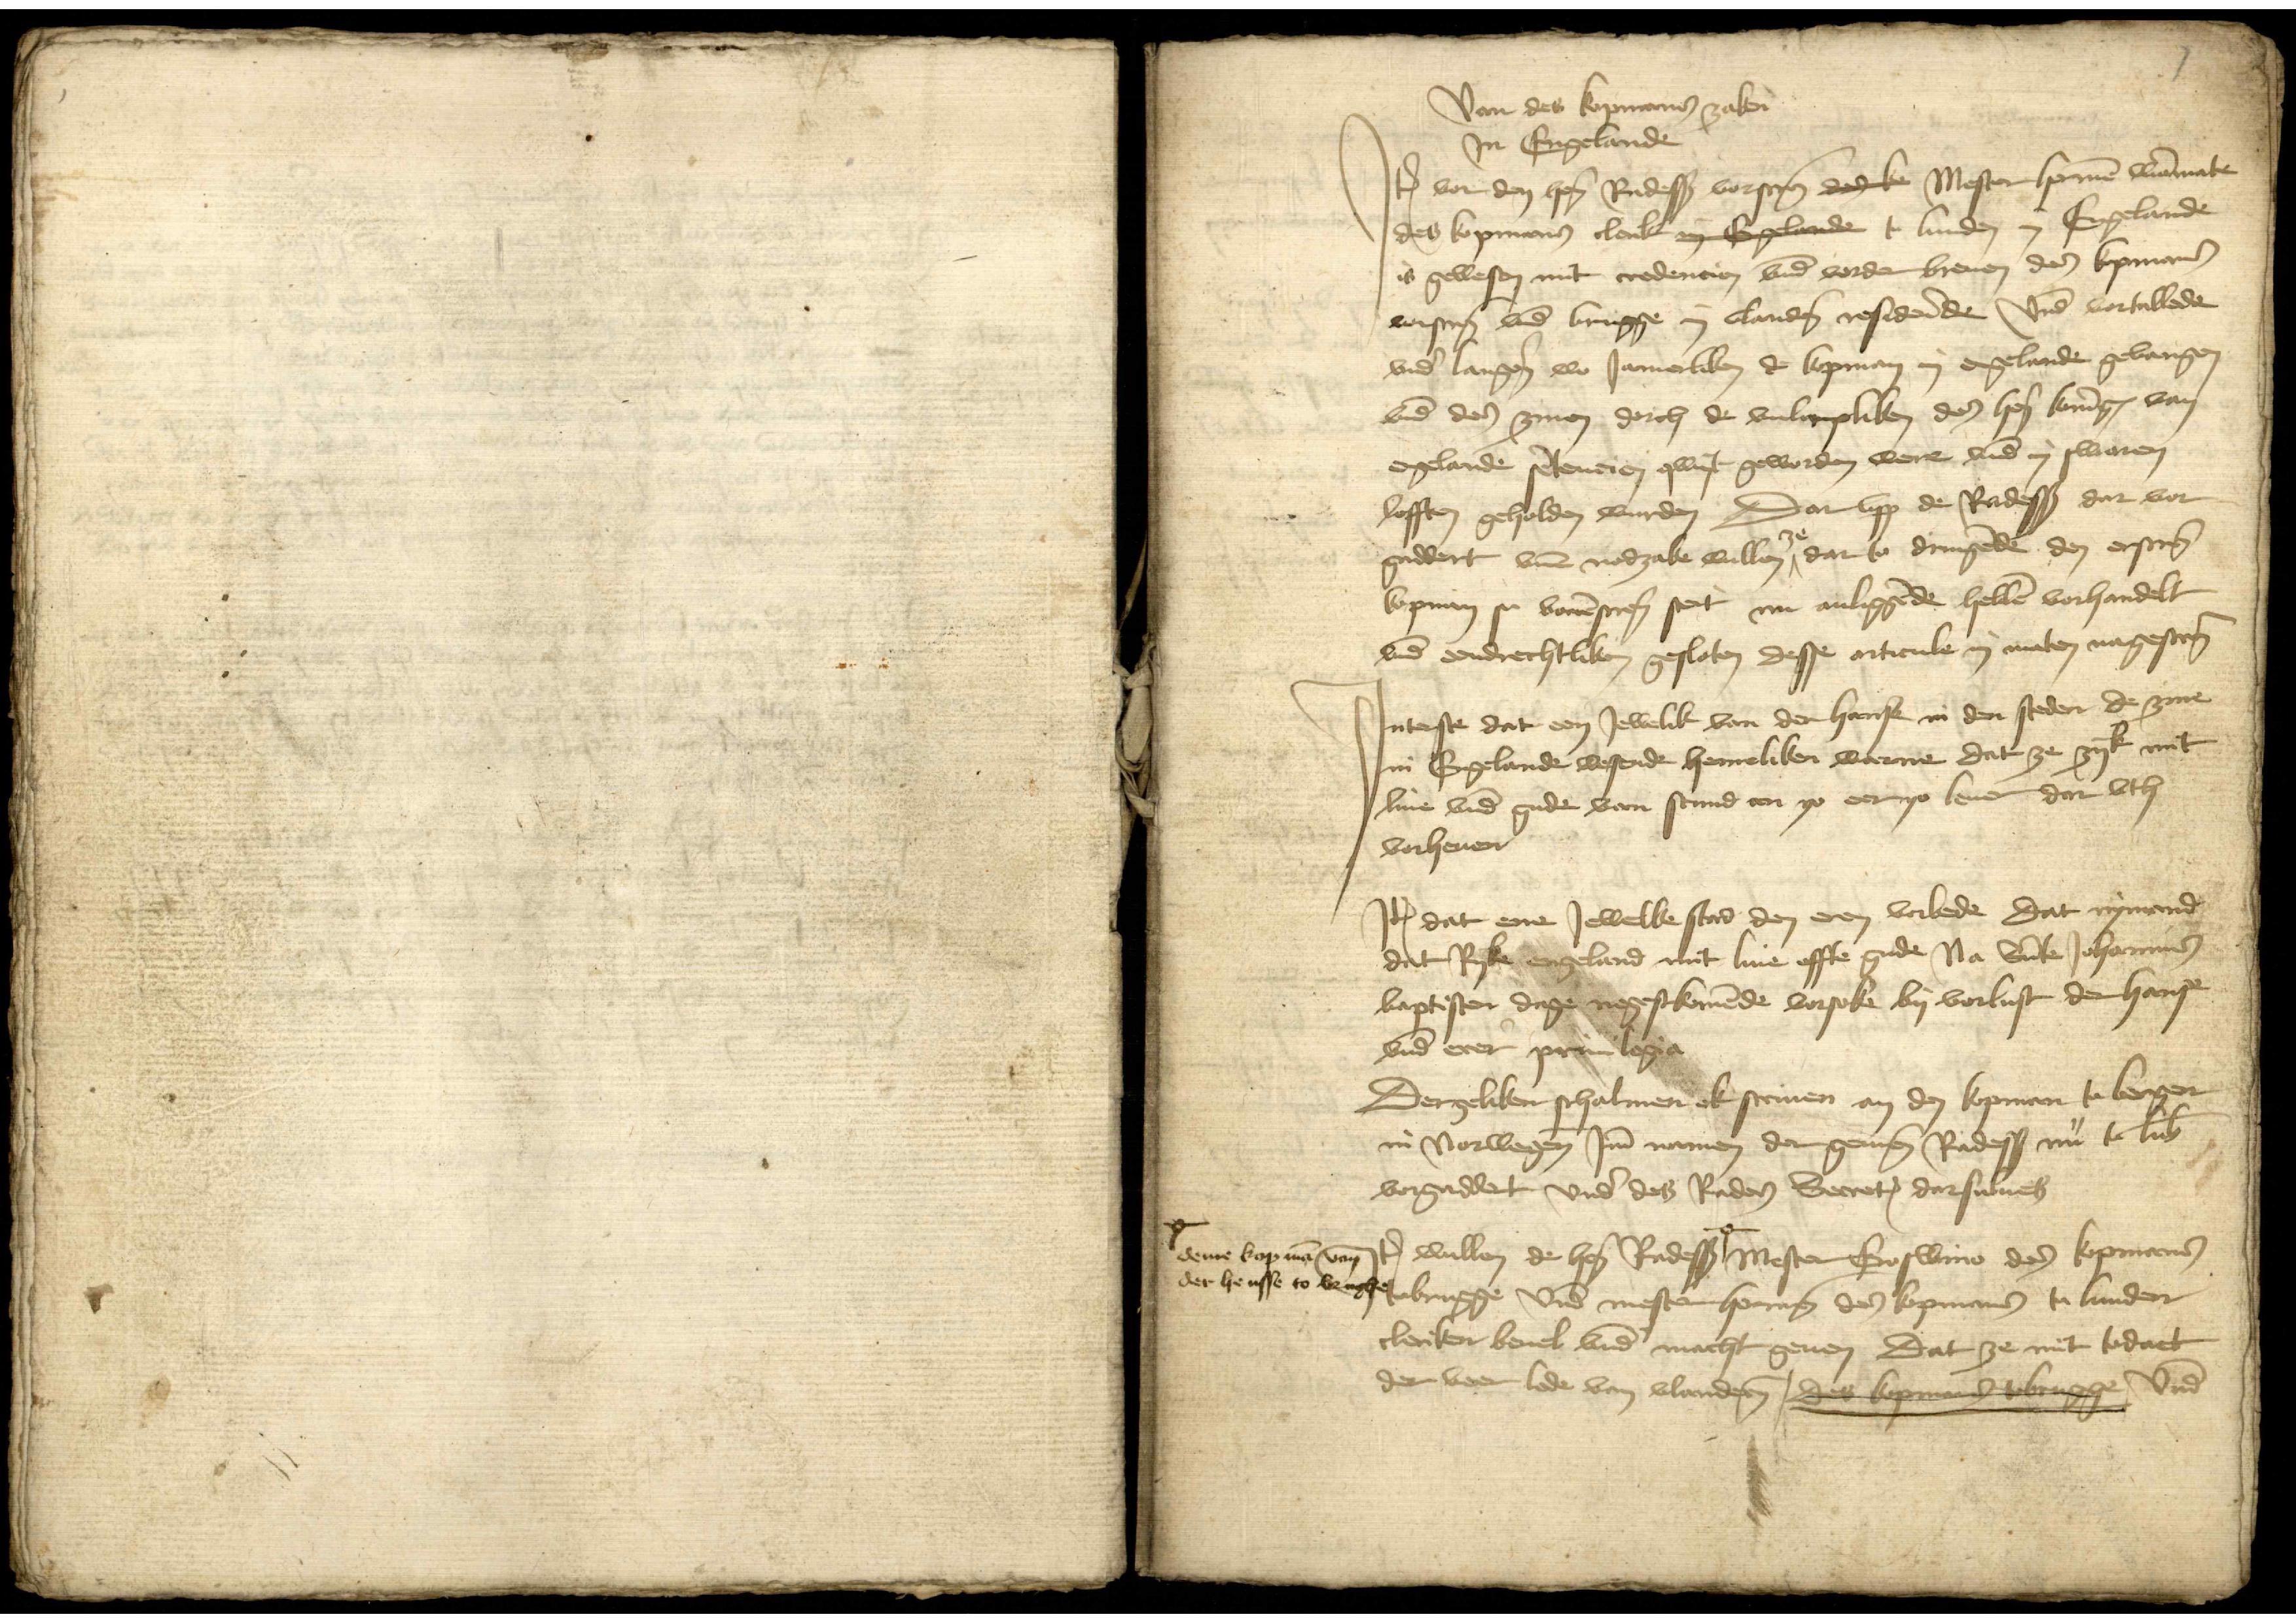
Van des kopmans zaken
Jn Engelande
Jtem vor den heren Radessendeboden vorscreuen debe Mester Hermen Wianmake
des kopmans clerik eg vgelande in Lunden in Engelande
is gewesen mit credencien vnd vorder breuen des kopmans
vorscreuen vnd brugge in Vlanderen residerende vnd vortellede
vnde langen wo Jamerliken de Copman in Engelande gelangen
vnde den zinen dorch de vnlimpliken des heren Koninges van
Engelande sentencien qwyt geworden were vnd in swaren
lofften geholden wurden, Dar vpp de Radessendeboden dar vor¬
gaddert vnde nodzake willen ze dar to dringende den erscreuen
kopman se vorenscreuen steit en anliggende hebben vorhandelt
vnde vndrechtliken gesloten desse articule in malen nagescreuen

Jnteste dat een Jewelik van der hanse in den steden de zine
in Engelande wesende hemeliken werne dat ze szyk mit
liue vnde gude van stund an yo eer yo leuer dar vth
vorheuen

Jtem dat ene Jewelke stad den eren vorbede dat nymande
dat Ryke Engeland mit liue effte gude na Sunte Johannis
Baptisten dage negestkomende vorsoke by vorlust der hanse
vnde erer priuilegia

Dergeliken schalmen ok scriuen an den kopman to Bergen
in Norwegen Jme nomen der gemenen Radessendeboden nu to Lubeke
vorgaddert vnd des Raden Secretarius darsulues

Jtem wullen de heren Radessedeboden |° Mester Goswine des kopmans
to Brugge vnd mester Hermen des kopmans to Lunden
cleriker beuel vnde macht geuen, dat ze mit todaet
der veer lede van Vlanderen, des kopans tobenge vnd

|° deme kopman van
der hensse to Brughe